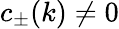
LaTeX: c_{\pm}(k)\neq 0